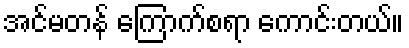
အင်မတန် ကြောက်စရာ ကောင်းတယ်။